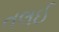
તલઈ